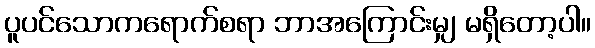
ပူပင်သောကရောက်စရာ ဘာအကြောင်းမျှ မရှိတော့ပါ။